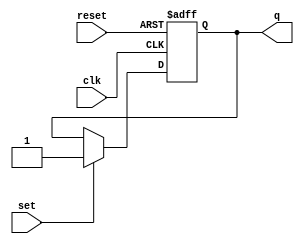
module SR_flip_flop (
    input wire clk, // Clock input
    input wire reset, // Reset input
    input wire set, // Set input
    input wire reset, // Reset input
    output reg q // Output Q
);

reg q_master; // Master flip-flop output
reg q_slave; // Slave flip-flop output

always @(posedge clk or posedge reset) begin
    if(reset) begin
        q_master <= 0;
    end else if(set) begin
        q_master <= 1;
    end else begin
        q_master <= q_slave;
    end
end

assign q_slave = q_master; // Slave flip-flop input is connected to master flip-flop output

assign q = q_master; // Output Q is driven by master flip-flop output
endmodule